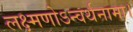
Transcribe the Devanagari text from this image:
लक्ष्मणोऽन्वर्थनामा।